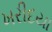
ખરીદયા